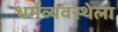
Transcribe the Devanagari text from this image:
धर्मव्यवस्थेला